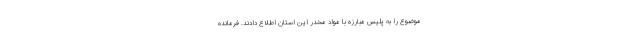
موضوع را به پلیس مبارزه با مواد مخدر این استان اطلاع دادند. فرمانده